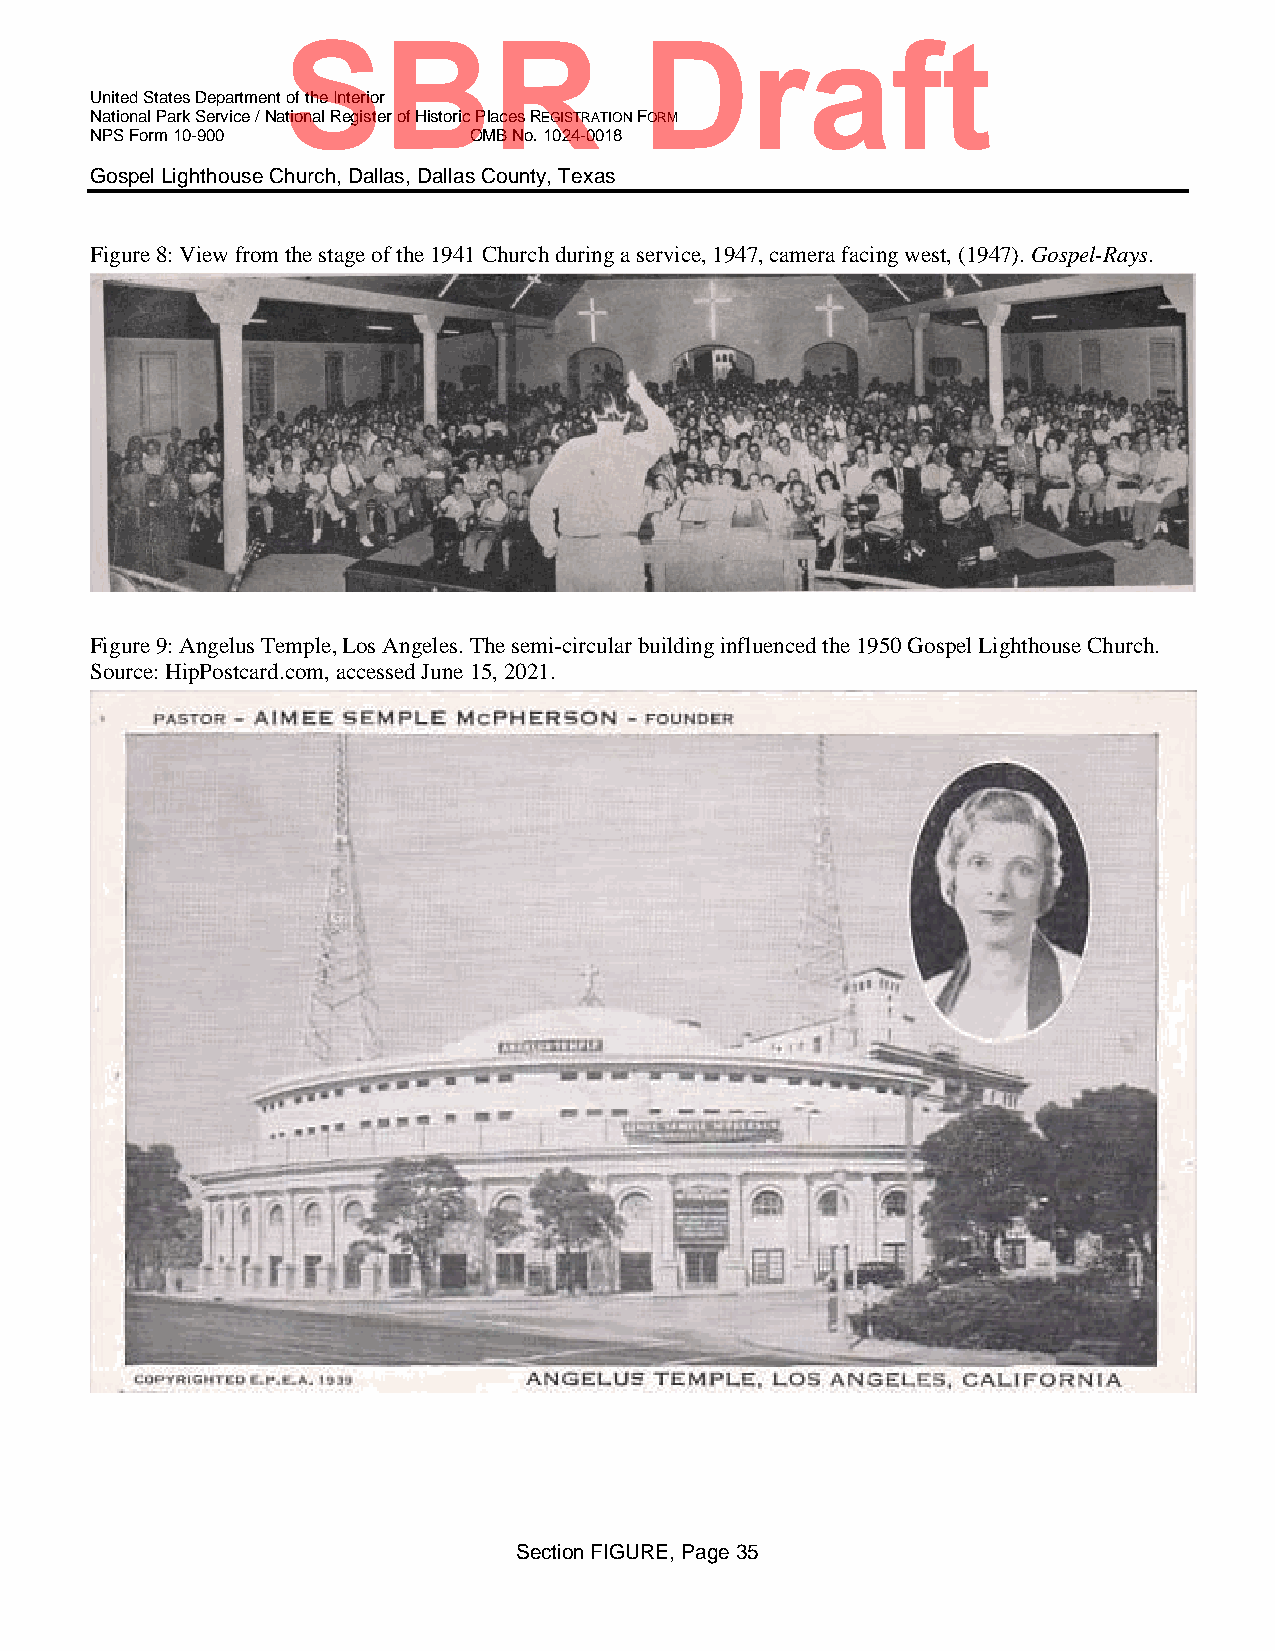
SBR                    Draft
 United States Department of the Interior
 National Park Service / National Register of Historic Places REGISTRATION FORM
 NPS Form 10-900          OMB No. 1024-0018
 Gospel Lighthouse Church, Dallas, Dallas County, Texas
 Figure 8: View from the stage of the 1941 Church during a service, 1947, camera facing west, (1947). Gospel-Rays.
 Figure 9: Angelus Temple, Los Angeles. The semi-circular building influenced the 1950 Gospel Lighthouse Church.
 Source: HipPostcard.com, accessed June 15, 2021.
 Section FIGURE, Page 35